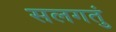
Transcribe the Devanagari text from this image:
सलगतुं